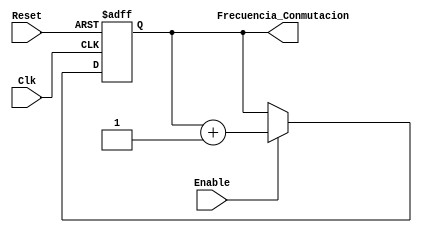
`timescale 1ns / 1ps
//////////////////////////////////////////////////////////////////////////////////
// Company: 
// Engineer: 
// 
// Design Name: 
// Module Name:    Conta_10B 
// Project Name: 
// Target Devices: 
// Tool versions: 
// Description: 
//
// Dependencies: 
//
// Revision: 
// Revision 0.01 - File Created
// Additional Comments: 
//
//////////////////////////////////////////////////////////////////////////////////
module Conta_10B(
output [9:0]Frecuencia_Conmutacion     ,  // Output of the counter
input Enable  ,  // enable for counter
input Clk     ,  // clock Input
input Reset      // reset Input
);
reg [9:0] sal;


always @(posedge Clk or posedge Reset)
if (Reset) begin
  sal <= 10'b0 ;
end else if(Enable) begin
  sal <= sal + 1;
end

assign Frecuencia_Conmutacion=sal;
endmodule